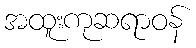
အထူးကုဆရာဝန်